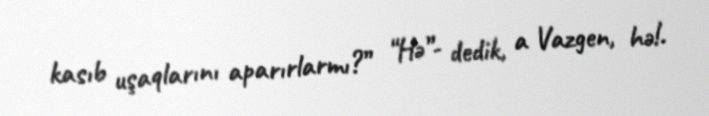
kasıb uşaqlarını aparırlarmı?” “Hə”- dedik, a Vazgen, hə!.